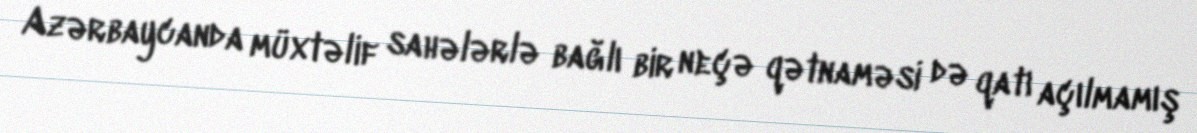
Azərbaycanda müxtəlif sahələrlə bağlı bir neçə qətnaməsi də qatı açılmamış